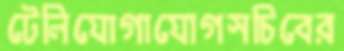
টেলিযোগাযোগসচিবের